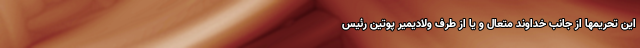
این تحریمها از جانب خداوند متعال و یا از طرف ولادیمیر پوتین رئیس